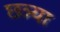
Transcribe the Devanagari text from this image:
छत्र्‍या